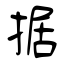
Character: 据